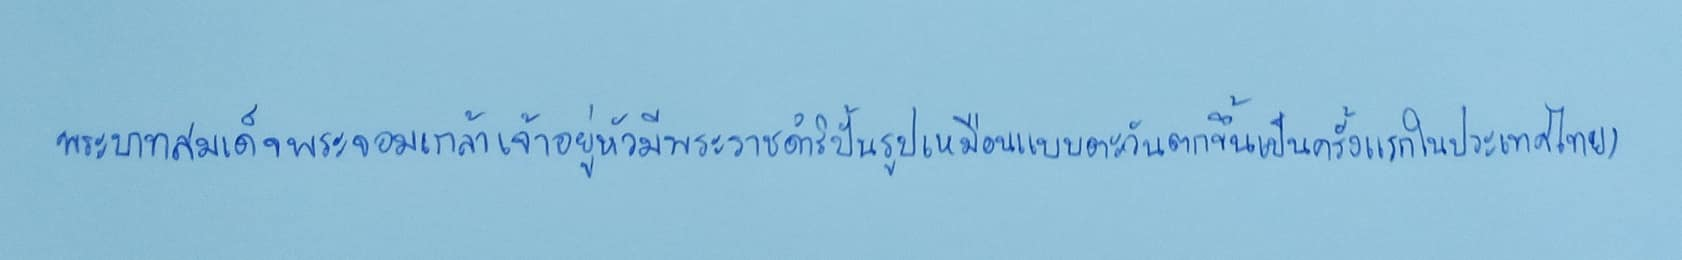
พระบาทสมเด็จพระจอมเกล้าเจ้าอยู่หัวมีพระราชดำริปั้นรูปเหมือนแบบตะวันตกขึ้นเป็นครั้งแรกในประเทศไทย)